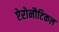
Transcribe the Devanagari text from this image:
ऐरोनौटिकल